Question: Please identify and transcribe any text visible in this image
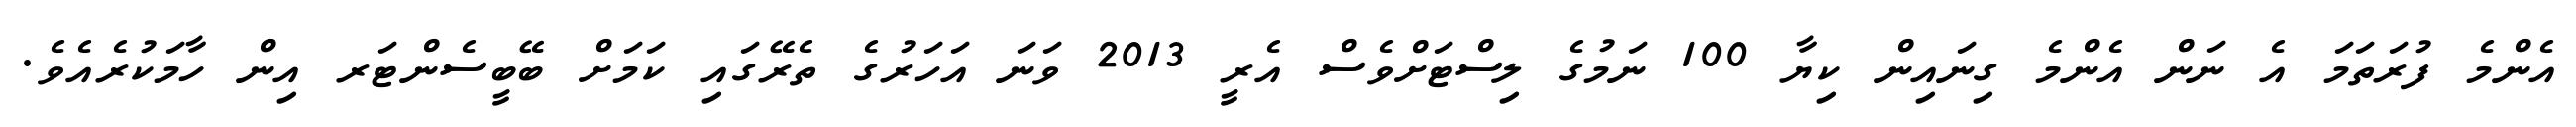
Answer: އެންމެ ފުރަތަމަ އެ ނަން އެންމެ ގިނައިން ކިޔާ 100 ނަމުގެ ލިސްޓަށްވެސް އެރީ 2013 ވަނަ އަހަރުގެ ތެރޭގައި ކަމަށް ބޭބީސެންޓަރ އިން ހާމަކުރެއެވެ.